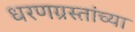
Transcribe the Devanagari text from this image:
धरणग्रस्तांच्या